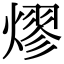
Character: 熮